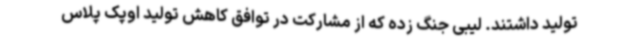
تولید داشتند. لیبی جنگ زده که از مشارکت در توافق کاهش تولید اوپک پلاس